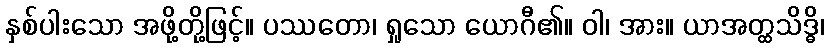
နှစ်ပါးသော အဖို့တို့ဖြင့်။ ပဿတော၊ ရှုသော ယောဂီ၏။ ဝါ၊ အား။ ယာအတ္ထသိဒ္ဓိ၊